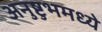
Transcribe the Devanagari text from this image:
अनुष्टुभमध्ये